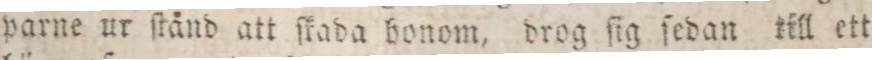
parne ur ſtånd att ſkada honom, drog ſig ſedan till ett